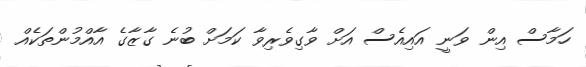
ހަމާސް އިން ވަނީ އައިއެސް އަށް ވާގިވެރިވާ ކަމަށް ބުނެ ގާޒާގެ އާއްމުންތަކެއް